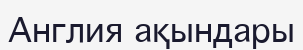
Англия ақындары